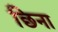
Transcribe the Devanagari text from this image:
छिना